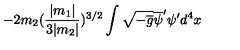
- 2 m _ { 2 } ( \frac { | m _ { 1 } | } { 3 | m _ { 2 } | } ) ^ { 3 / 2 } \int \sqrt { - \overline { { g } } } \overline { { \psi } } ^ { \prime } \psi ^ { \prime } d ^ { 4 } x